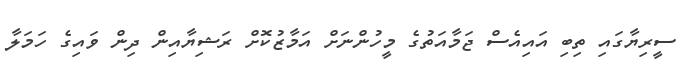
ސީރިޔާގައި ތިބި އައިއެސް ޖަމާއަތުގެ މީހުންނަށް އަމާޒުކޮށް ރަޝިޔާއިން ދިން ވައިގެ ހަމަލާ